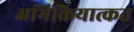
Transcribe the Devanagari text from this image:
अभिक्रियात्कत